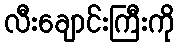
လီးချောင်းကြီးကို